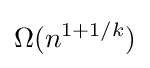
\Omega (n^{1+1/k})